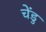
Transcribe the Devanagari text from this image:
चेंडु